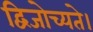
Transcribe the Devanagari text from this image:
द्विजोच्यते।